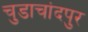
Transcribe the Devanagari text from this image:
चुडाचांदपुर